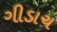
ગીડાચ